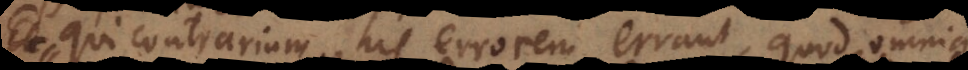
qui contrarium his errorem errant, quod omnia